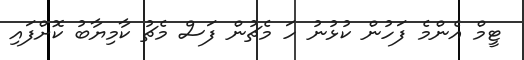
ޓީމް އެންމެ ފަހުން ކުޅުނު ހަ މެޗުން ފަސް މެޗު ކާމިޔާބު ކޮށްފައި